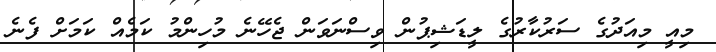
މިއީ މިއަދުގެ ސަރުކާރުގެ ލީޑަޝިޕުން ވިސްނަވަން ޖެހޭނެ މުހިންމު ކަމެއް ކަމަށް ފެނެ